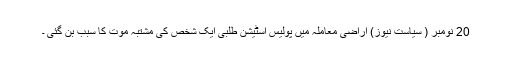
20 نومبر ( سیاست نیوز) اراضی معاملہ میں پولیس اسٹیشن طلبی ایک شخص کی مشتبہ موت کا سبب بن گئی ۔